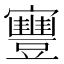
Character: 寷